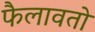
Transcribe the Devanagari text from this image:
फैलावतो